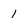
Character: 1